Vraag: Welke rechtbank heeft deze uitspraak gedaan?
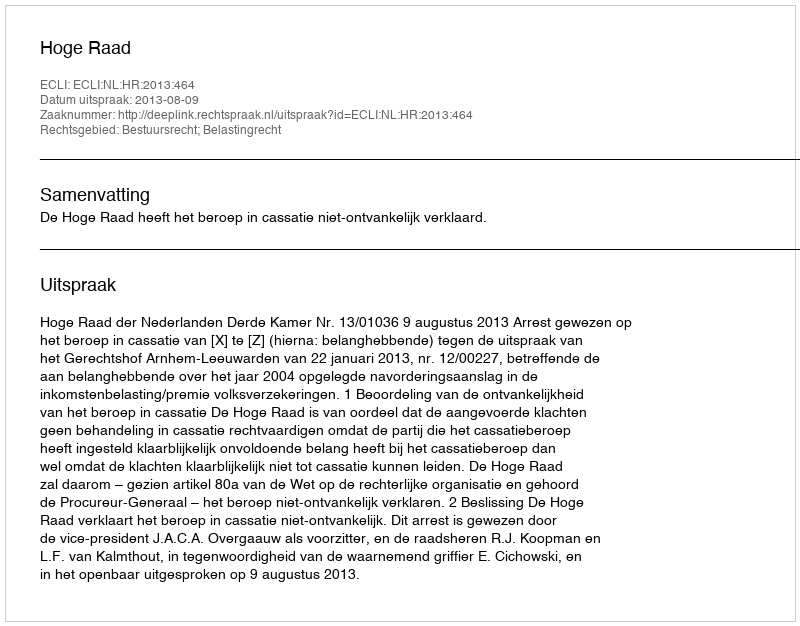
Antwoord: Hoge Raad